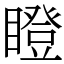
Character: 瞪